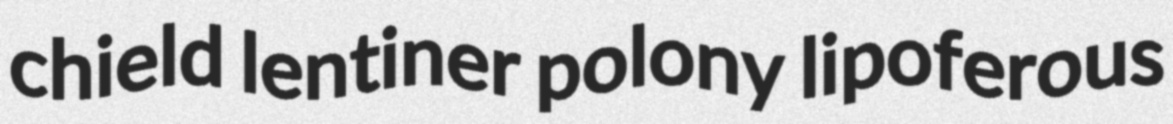
chield lentiner polony lipoferous